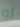
لو